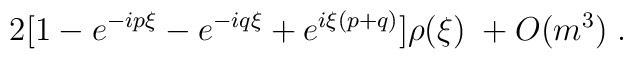
2 [1 - e^{-ip\xi}- e^{-iq\xi} + e^{i\xi(p+q)}] \rho(\xi) \; +  O(m^3) \; .